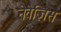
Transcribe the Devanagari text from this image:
नेवेज़िस